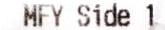
MFY SIDE 1